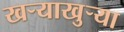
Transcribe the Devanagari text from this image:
खर्‍याखुर्‍या